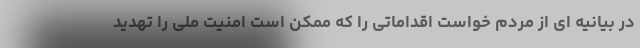
در بیانیه ای از مردم خواست اقداماتی را که ممکن است امنیت ملی را تهدید